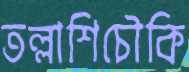
তল্লাশিচৌকি